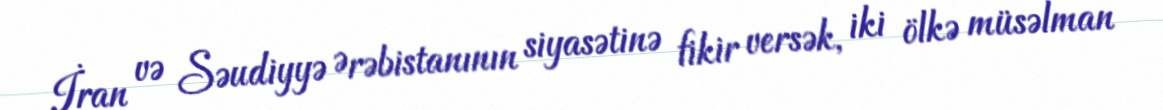
İran və Səudiyyə Ərəbistanının siyasətinə fikir versək, iki ölkə müsəlman